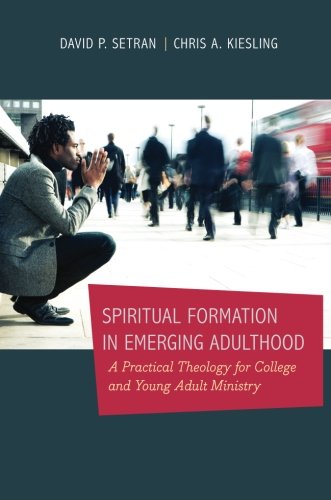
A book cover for Spiritual Formation in Emerging Adulthood: A Practical Theology for College and Young Adult Ministry; David P. Setran; Christian Books & Bibles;